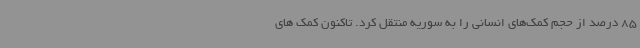
85 درصد از حجم کمک‌های انسانی را به سوریه منتقل کرد. تاکنون کمک های